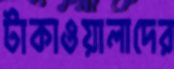
টাকাওয়ালাদের